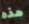
هذه